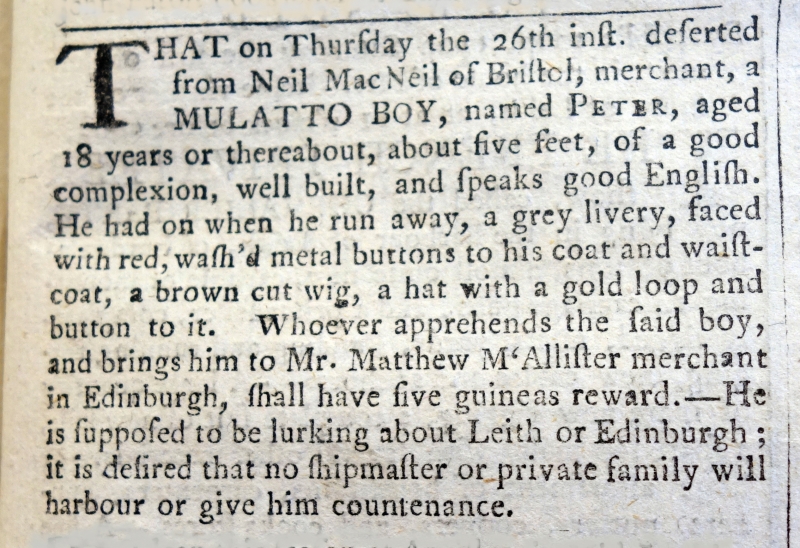
Edinburgh Evening Courant, 28 May 1757 (Scotland)
THAT on Thursday 26th inst. deserted from Neil MacNeil of Bristol, merchant, a MULATTO BOY, named PETER, aged 18 years or thereabout, about five feet, of a good complexion, well built, and speaks good English. He had on when he run away, a grey livery, faced with red, wash’d metal buttons to his coat and waistcoat, a brown cut wig, a hat with a gold loop and button to it. Whoever apprehends the said boy, and brings him to Mr. Matthew McAllister merchant in Edinburgh, shall have five guineas reward. - He is supposed to be lurking about Leith or Edinburgh; it is desired that no shipmaster or private family will harbour or give him countenance.